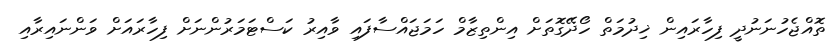
ތޮއްޖެހުނަނުދީ ފިހާރައިން ޚިދުމަތް ހޯދޭގޮތަށް އިންތިޒާމް ހަމަޖައްސާފައި ވާއިރު ކަސްޓަމަރުންނަށް ފިހާރައަށް ވަންނައިރާއި